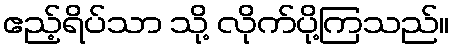
ဧည့်ရိပ်သာ သို့ လိုက်ပို့ကြသည်။